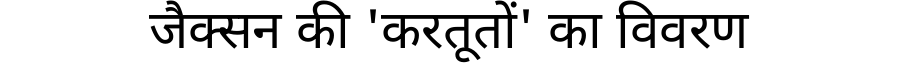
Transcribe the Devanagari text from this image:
जैक्सन की 'करतूतों' का विवरण